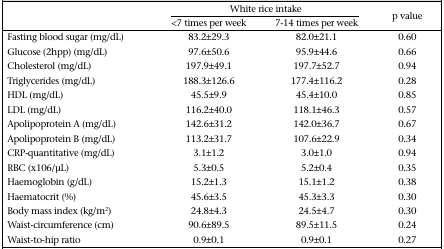
<table><thead><tr><td></td><td colspan="2"><b>White rice intake</b></td><td rowspan="2"><b>p value</b></td></tr><tr><td></td><td><b>&lt;7 times per week</b></td><td><b>7-14 times per week</b></td></tr></thead><tbody><tr><td>Fasting blood sugar (mg/dL)</td><td>83.2±29.3</td><td>82.0±21.1</td><td>0.60</td></tr><tr><td>Glucose (2hpp) (mg/dL)</td><td>97.6±50.6</td><td>95.9±44.6</td><td>0.66</td></tr><tr><td>Cholesterol (mg/dL)</td><td>197.9±49.1</td><td>197.7±52.7</td><td>0.94</td></tr><tr><td>Triglycerides (mg/dL)</td><td>188.3±126.6</td><td>177.4±116.2</td><td>0.28</td></tr><tr><td>HDL (mg/dL)</td><td>45.5±9.9</td><td>45.4±10.0</td><td>0.85</td></tr><tr><td>LDL (mg/dL)</td><td>116.2±40.0</td><td>118.1±46.3</td><td>0.57</td></tr><tr><td>Apolipoprotein A (mg/dL)</td><td>142.6±31.2</td><td>142.0±36.7</td><td>0.67</td></tr><tr><td>Apolipoprotein B (mg/dL)</td><td>113.2±31.7</td><td>107.6±22.9</td><td>0.34</td></tr><tr><td>CRP-quantitative (mg/dL)</td><td>3.1±1.2</td><td>3.0±1.0</td><td>0.94</td></tr><tr><td>RBC (x106/μL)</td><td>5.3±0.5</td><td>5.2±0.4</td><td>0.35</td></tr><tr><td>Haemoglobin (g/dL)</td><td>15.2±1.3</td><td>15.1±1.2</td><td>0.38</td></tr><tr><td>Haematocrit (%)</td><td>45.6±3.5</td><td>45.3±3.3</td><td>0.30</td></tr><tr><td>Body mass index (kg/m<sup>2</sup>)</td><td>24.8±4.3</td><td>24.5±4.7</td><td>0.30</td></tr><tr><td>Waist-circumference (cm)</td><td>90.6±89.5</td><td>89.5±11.5</td><td>0.24</td></tr><tr><td>Waist-to-hip ratio</td><td>0.9±0.1</td><td>0.9±0.1</td><td>0.27</td></tr></tbody></table>